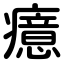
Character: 癔